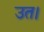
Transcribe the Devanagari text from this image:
उत।